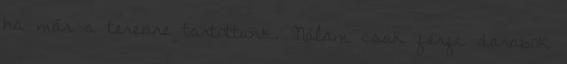
ha már a terepre tartottunk. Nálam csak férfi darabok